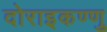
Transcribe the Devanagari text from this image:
दोराइकण्णु